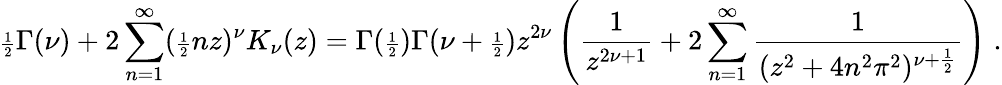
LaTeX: {\scriptstyle{\frac{1}{2}}}\Gamma(\nu)+2\sum_{n=1}^{\infty}({\scriptstyle{\frac{1}{2}}}nz)^{\nu}K_{\nu}(z)=\Gamma({\scriptstyle{\frac{1}{2}}})\Gamma(\nu+{\scriptstyle{\frac{1}{2}}})z^{2\nu}\left({\frac{1}{z^{2\nu+1}}}+2\sum_{n=1}^{\infty}{\frac{1}{(z^{2}+4n^{2}\pi^{2})^{\nu+{\scriptstyle{\frac{1}{2}}}}}}\right)\; .